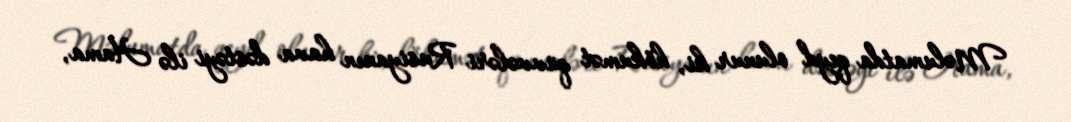
Məlumatda qeyd olunur ki, hökumət qüvvələri Rusiyanın hava dəstəyi ilə Hama,